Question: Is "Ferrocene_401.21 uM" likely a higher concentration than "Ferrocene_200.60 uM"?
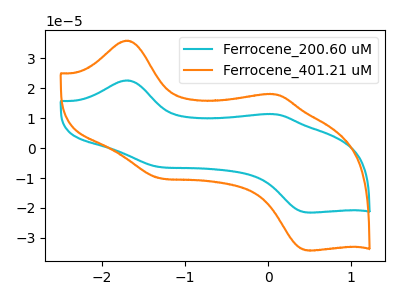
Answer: <think>The cyan curve "Ferrocene_200.60 uM" has anodic peaks at (-1.70V, 22.60uA) (0.10V, 11.30uA) and cathodic peaks at (-1.30V, -6.35uA) (0.45V, -21.55uA). The orange curve "Ferrocene_401.21 uM" has anodic peaks at (-1.70V, 35.90uA) (0.10V, 17.95uA) and cathodic peaks at (-1.30V, -10.05uA) (0.45V, -34.20uA).
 All the peaks in "Ferrocene_401.21 uM" have a peak in "Ferrocene_200.60 uM" at the same potential. Every peak in "Ferrocene_401.21 uM" is higher than every peak in "Ferrocene_200.60 uM".</think>
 <answer>"Ferrocene_401.21 uM" has more signal than "Ferrocene_200.60 uM".</answer>
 <eval>more_signal</eval>